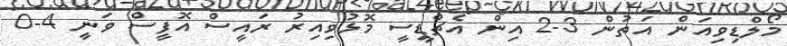
މޯލްޑިވިއަން އަތުން 3-2 އިން އެޗްޑީސީ މޮޅުވިއިރު ރައީސް އޮފީސް ވަނީ 4-0